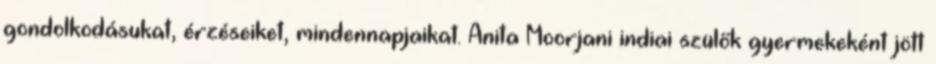
gondolkodásukat, érzéseiket, mindennapjaikat. Anita Moorjani indiai szülők gyermekeként jött